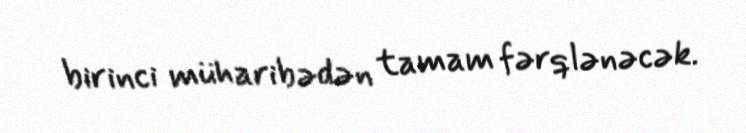
birinci müharibədən tamam fərqlənəcək.